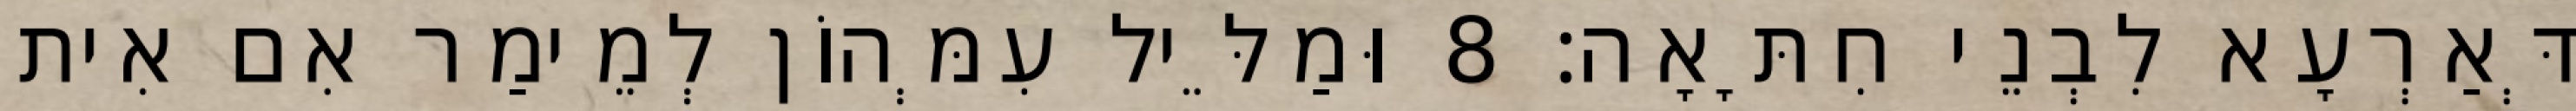
דְּאַרְעָא לִבְנֵי חִתָּאָה׃ 8 וּמַלֵּיל עִמְּהוֹן לְמֵימַר אִם אִית